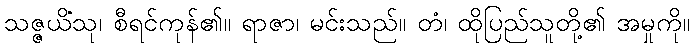
သဇ္ဇယိံသု၊ စီရင်ကုန်၏။ ရာဇာ၊ မင်းသည်။ တံ၊ ထိုပြည်သူတို့၏ အမှုကို။